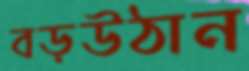
বড়উঠান